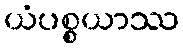
ယံပစ္စယာဿ